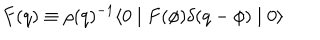
LaTeX: F ( q ) \equiv \rho ( q ) ^ { - 1 } \langle 0 \mid F ( \phi ) \delta ( q - \phi ) \mid 0 \rangle